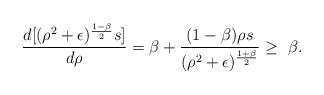
\begin{align*}\frac{d[(\rho^2+\epsilon)^{\frac{1-\beta}{2}}s]}{d\rho}=\beta+\frac{(1-\beta)\rho s}{(\rho^2+\epsilon)^{\frac{1+\beta}{2}}}\geq\ \beta.\end{align*}